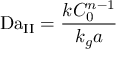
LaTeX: \mathrm { D a } _ { \mathrm { I I } } = { \frac { k C _ { 0 } ^ { n - 1 } } { k _ { g } a } }